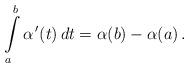
LaTeX: \begin{align*}\int\limits_{a}^b\alpha^{\,\prime}(t)\,dt=\alpha(b)-\alpha(a)\,.\end{align*}